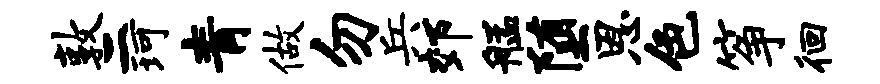
敦二珂青做勿兵郊艋堕恩色筝徊